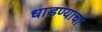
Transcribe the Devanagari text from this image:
धाडण्याचा